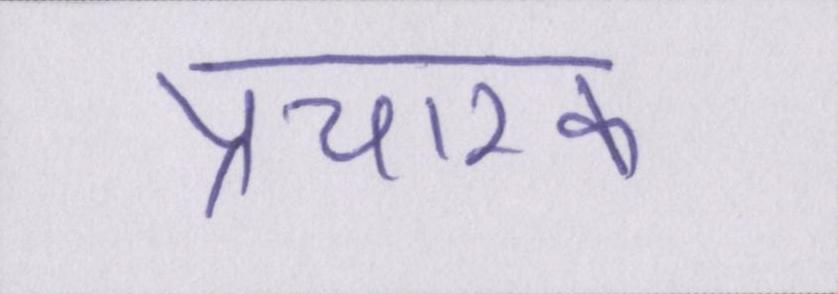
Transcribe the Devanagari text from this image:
प्रचारक